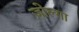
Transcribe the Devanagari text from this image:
ज़ोल्गा